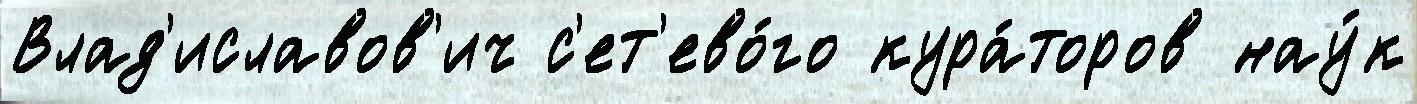
Влад'иславов'ич с'ет'ево́го кура́торов нау́к